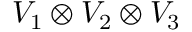
V _ { 1 } \otimes V _ { 2 } \otimes V _ { 3 }